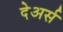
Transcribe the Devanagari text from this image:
देअर्स